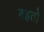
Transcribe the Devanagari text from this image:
बहतो